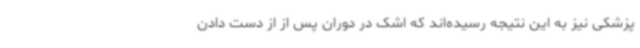
پزشکی نیز به این نتیجه رسیده‌اند که اشک در دوران پس از از دست دادن